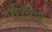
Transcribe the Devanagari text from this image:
परिवार्